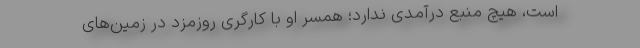
است، هیچ منبع درآمدی ندارد؛ همسر او با کارگری روزمزد در زمین‌های